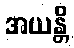
အယန္တိ